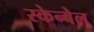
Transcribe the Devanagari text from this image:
स्केन्बेल